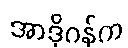
အာဒိုဂန်က